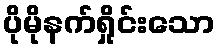
ပိုမိုနက်ရှိုင်းသော